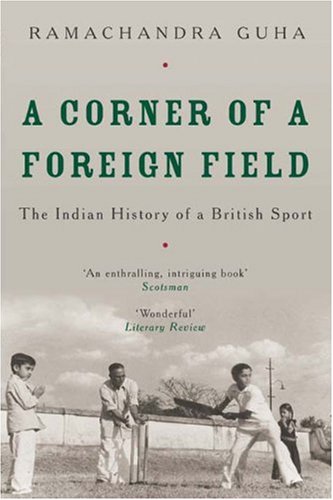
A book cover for A Corner of a Foreign Field: The Indian History of a British Sport; Ramachandra Guha; Sports & Outdoors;